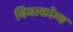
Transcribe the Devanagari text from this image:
विवाकोम्ब